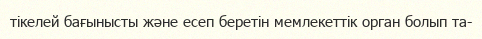
тікелей бағынысты және есеп беретін мемлекеттік орган болып та-